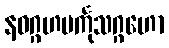
နဝဂ္ဂဟမင်္ကုသဂ္ဂဟော